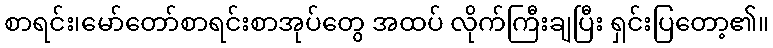
စာရင်း၊မော်တော်စာရင်းစာအုပ်တွေ အထပ် လိုက်ကြီးချပြီး ရှင်းပြတော့၏။